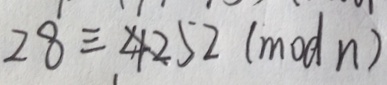
2 8 \equiv 4 2 5 2 ( m o d n )